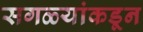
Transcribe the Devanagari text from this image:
सगळ्यांकडून